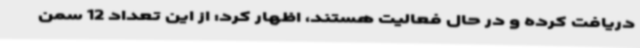
دریافت کرده و در حال فعالیت هستند، اظهار کرد: از این تعداد 12 سمن